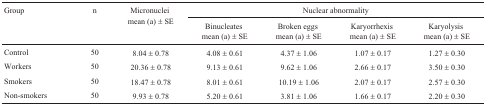
<table><thead><tr><td><b>Group</b></td><td><b>n</b></td><td rowspan="2"><b>Micronuclei mean (a) ± SE</b></td><td colspan="4"><b>Nuclear abnormality </b></td></tr><tr><td></td><td></td><td><b>Binucleates mean (a) ± SE</b></td><td><b>Broken eggs mean (a) ± SE</b></td><td><b>Karyorrhexis mean (a) ± SE</b></td><td><b>Karyolysis mean (a) ± SE</b></td></tr></thead><tbody><tr><td> Control</td><td>50</td><td>8.04 ± 0.78</td><td>4.08 ± 0.61</td><td>4.37 ± 1.06</td><td>1.07 ± 0.17</td><td>1.27 ± 0.30</td></tr><tr><td>Workers</td><td>50</td><td>20.36 ± 0.78</td><td>9.13 ± 0.61</td><td>9.62 ± 1.06</td><td>2.66 ± 0.17</td><td>3.50 ± 0.30</td></tr><tr><td>Smokers</td><td>50</td><td>18.47 ± 0.78</td><td>8.01 ± 0.61</td><td>10.19 ± 1.06</td><td>2.07 ± 0.17</td><td>2.57 ± 0.30</td></tr><tr><td>Non-smokers</td><td>50</td><td>9.93 ± 0.78</td><td>5.20 ± 0.61</td><td>3.81 ± 1.06</td><td>1.66 ± 0.17</td><td>2.20 ± 0.30</td></tr></tbody></table>